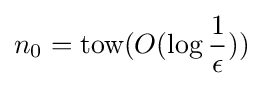
n_{0}={\text{tow}}(O(\log {\frac {1}{\epsilon }}))